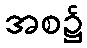
အစ၌